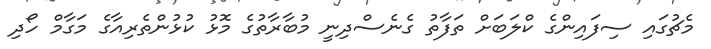
މެޗުގައި ސިފައިންގެ ކްލަބަށް ތަފާތު ގެނެސްދިނީ މުބާރާތުގެ މޮޅު ކުޅުންތެރިއާގެ މަގާމް ހޯދި